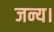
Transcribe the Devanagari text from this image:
जन्य।